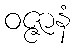
ဝဇ္ဇာနံ